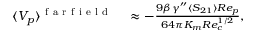
\begin{array} { r l } { \langle V _ { p } \rangle ^ { \mathrm { ~ f ~ a ~ r ~ f ~ i ~ e ~ l ~ d ~ } } } & { { } \approx - \frac { 9 \beta \gamma ^ { \prime \prime } \langle S _ { 2 1 } \rangle R e _ { p } } { 6 4 \pi K _ { m } R e _ { c } ^ { 1 / 2 } } , } \end{array}